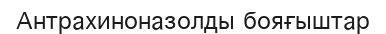
Антрахиноназолды бояғыштар